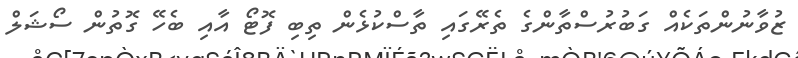
ޒުވާނުންތަކެއް ގަބުރުސްތާންގެ ތެރޭގައި ތާސްކުޅެން ތިބި ފޮޓޯ އާއި ބެހޭ ގޮތުން ސޯޝަލް